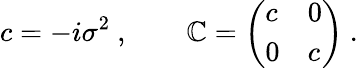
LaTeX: c=-i\sigma^{2}\ ,\qquad\mathbb{C}=\left(\begin{array}{ll}{{c}}&{{0}}\\ {{0}}&{{c}}\end{array}\right)\ .